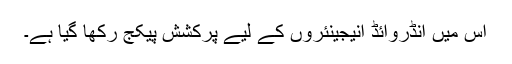
اِس میں انڈروائڈ انیجینئروں کے لیے پرکشش پیکج رکھا گیا ہے۔